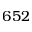
6 5 2